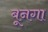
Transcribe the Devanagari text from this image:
बूनगा